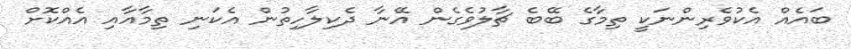
ބައެއް އެކުވެރިންނަކީ ތިމާގެ ބޭބެ ޗާލުވެގެން އޭނާ ދެކިލާހިތުން އެކަނި ތިމާއާއި އެއްކޮށް